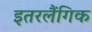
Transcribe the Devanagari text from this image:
इतरलैंगिक